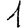
Digit: 1